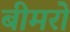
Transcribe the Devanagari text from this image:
बीमरो